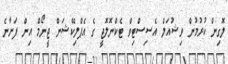
ލޮގިން ކުރުމުން ވިޝުއަލް އެސިސްޓިވް ޓެކްނޮލޮޖީ ގެ އެޕްލިކޭޝަން ޖީނޯމް އިން ފަށާނެ